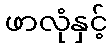
ဖာလုံနှင့်